Black-water fever - Number 35
Disease focus: Fever
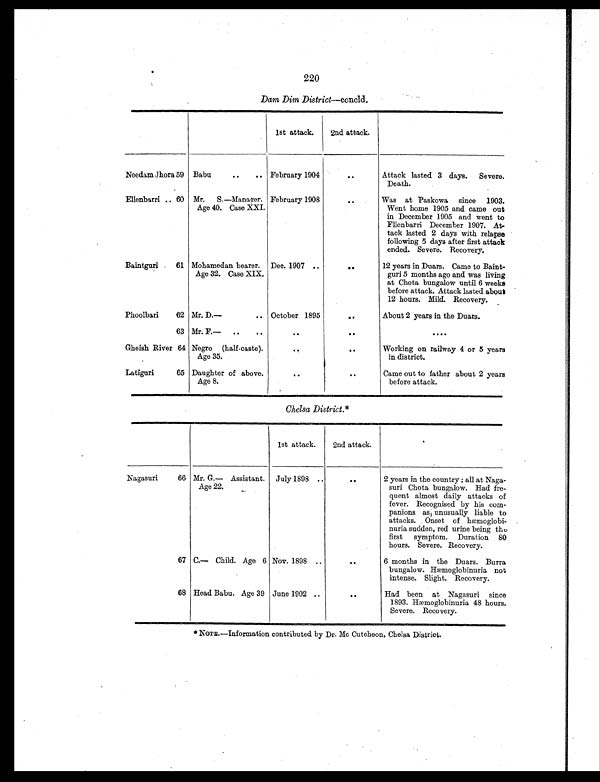
220
Dam Dim District—concld.
1st attack.
2nd attack.
Needam Jhora 59 Babu
..
.. February 1904
..
Attack lasted 3 days. Severe.
Death.
Ellenbarri .. 60 Mr. S. —Manager.
Age 40. Case XXI.
February 1908
..
Was at Paskowa since 1903.
Went home 1905 and came out
in December 1905 and went to
Fllenbarri December 1907. At-
tack lasted 2 days with relapse
following 5 days after first attack
ended. Severe. Recovery.
Baintguri
61 Mohamedan bearer.
Age 32. Case XIX.
Dec. 1907 ..
. .
12 years in Duars. Came to Baint-
guri 5 months ago and was living
at Chota bungalow until 6 weeks
before attack. Attack lasted about
12 hours. Mild. Recovery.
Phoolbari
62 Mr. D.—
.. October 1895
. .
About 2 years in the Duars.
63 Mr. F.—
..
..
. . . .
. . . .
Gheish River 64 Negro (half-caste).
Age 35.
..
..
Working on railway 4 or 5 years
in district.
Latiguri
65 Daughter of above.
Age 8.
..
. .
Came out to father about 2 years
before attack.
Chelsa District. *
1st attack.
2nd attack.
Nagasuri
66 Mr. G.— Assistant.
Age 22.
July 1898 ..
. .
2 years in the country ; all at Naga-
suri Chota bungalow. Had fre-
quent almost daily attacks of
fever. Recognised by his com-
panions as unusually liable to
attacks. Onset of hæmoglobi-
nuria sudden, red urine being the
first symptom. Duration 80
hours. Severe. Recovery.
67 C.— Child. Age 6 Nov. 1898 ..
. .
6 months in the Duars. Burra
bungalow. Hæmoglobinuria not
intense. Slight. Recovery.
68 Head Babu. Age 39 June 1902 ..
. .
Had been at Nagasuri since
1893. Hæmoglobinuria 48 hours.
Severe. Recovery.
*NOTE.—Information contributed by Dr. Mc Cutcheon, Chelsa District.